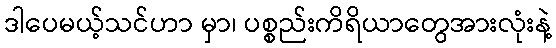
ဒါပေမယ့်သင်ဟာ မှာ၊ ပစ္စည်းကိရိယာတွေအားလုံးနဲ့